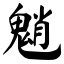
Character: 魈